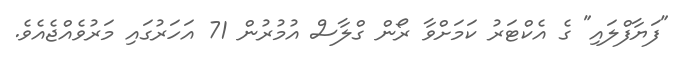
"ފަޔާފްލައި" ގެ އެކްޓަރު ކަމަށްވާ ރޯން ގްލާސް އުމުރުން 71 އަހަރުގައި މަރުވެއްޖެއެވެ.